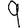
Digit: 9